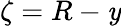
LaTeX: \zeta=R-\mathit{y}